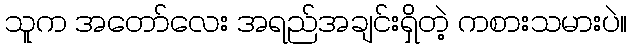
သူက အတော်လေး အရည်အချင်းရှိတဲ့ ကစားသမားပဲ။